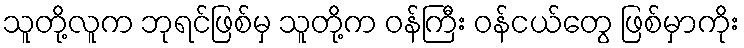
သူတို့လူက ဘုရင်ဖြစ်မှ သူတို့က ဝန်ကြီး ဝန်ငယ်တွေ ဖြစ်မှာကိုး